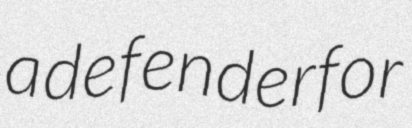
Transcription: a defender for